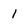
Character: 1